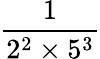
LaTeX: \frac{1}{2^{2}\times 5^{3}}